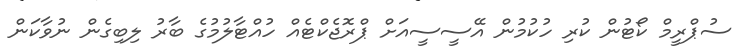
ސުޕްރީމް ކޯޓުން ކުރި ހުކުމުން އޭސީސީއަށް ޕްރޮޖެކްޓެއް ހުއްޓާލުމުގެ ބާރު ލިބިގެން ނުވާކަން